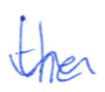
Text: the
Cross-out: wave
Writing tool: ballpoint